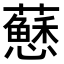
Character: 𧃅